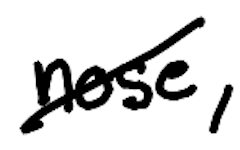
Text: nose,
Cross-out: mix
Writing tool: digital_black